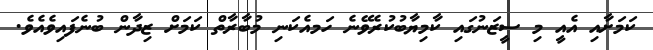
ކަމަށާއި އެއީ މި ސީޒަނުގައި ކާމިޔާބުކުރެވޭނެ ހަމއެކަނި މުބާރާތް ކަމަށް ޒިދާން ބުނެފައިވެއެވެ.